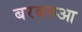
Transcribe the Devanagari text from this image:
बरबरुआ